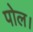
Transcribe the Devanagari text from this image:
पोल।